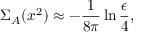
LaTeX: \Sigma _ { A } ( x ^ { 2 } ) \approx - \frac { 1 } { 8 \pi } \ln \frac { \epsilon } { 4 } ,